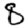
Digit: 8